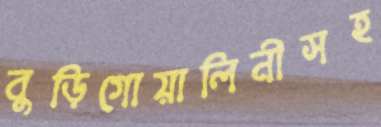
বুড়িগোয়ালিনীসহ